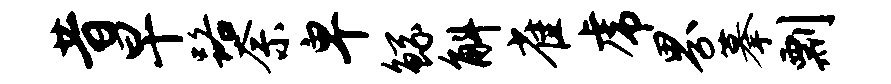
昔早路奈卑鲧斛雀虎界摹剽